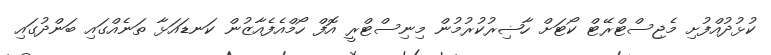
ކުޅުދުއްފުށި މެޖިސްޓްރޭޓް ކޯޓަށް ހާޟިރުކުރުމުން މިނިސްޓްރީ އޮފް ހޯމްއެފެއާޒުން ކަނޑައަޅާ ތަނެއްގައި ބަންދުގައި